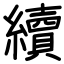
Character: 續